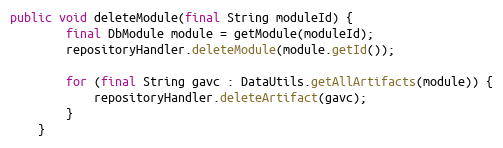
Language: Java
public void deleteModule(final String moduleId) {
        final DbModule module = getModule(moduleId);
        repositoryHandler.deleteModule(module.getId());

        for (final String gavc : DataUtils.getAllArtifacts(module)) {
            repositoryHandler.deleteArtifact(gavc);
        }
    }